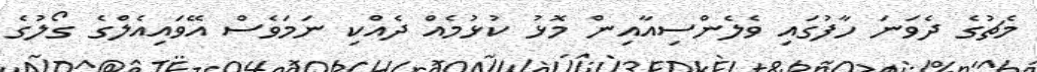
މެޗުގެ ދެވަނަ ހާފުގައި ވެލެންސިއާއިން މޮޅު ކުޅުމެއް ދެއްކި ނަމަވެސް އޭވައިއެލްގެ ގޯލުގެ